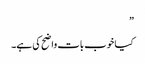
”
کیا خوب بات واضح کی ہے۔